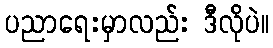
ပညာရေးမှာလည်း ဒီလိုပဲ။